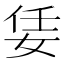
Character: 𡜟